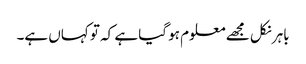
باہر نکل مجھے معلوم ہو گیا ہے کہ تو کہاں ہے۔